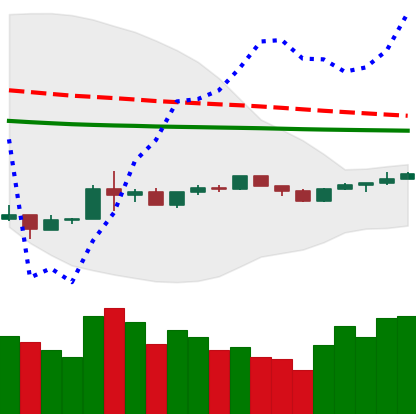
Ticker: BNB-USD
Chart end date: 2020-04-03
Forward return: 12.586%
Label: up_7plus